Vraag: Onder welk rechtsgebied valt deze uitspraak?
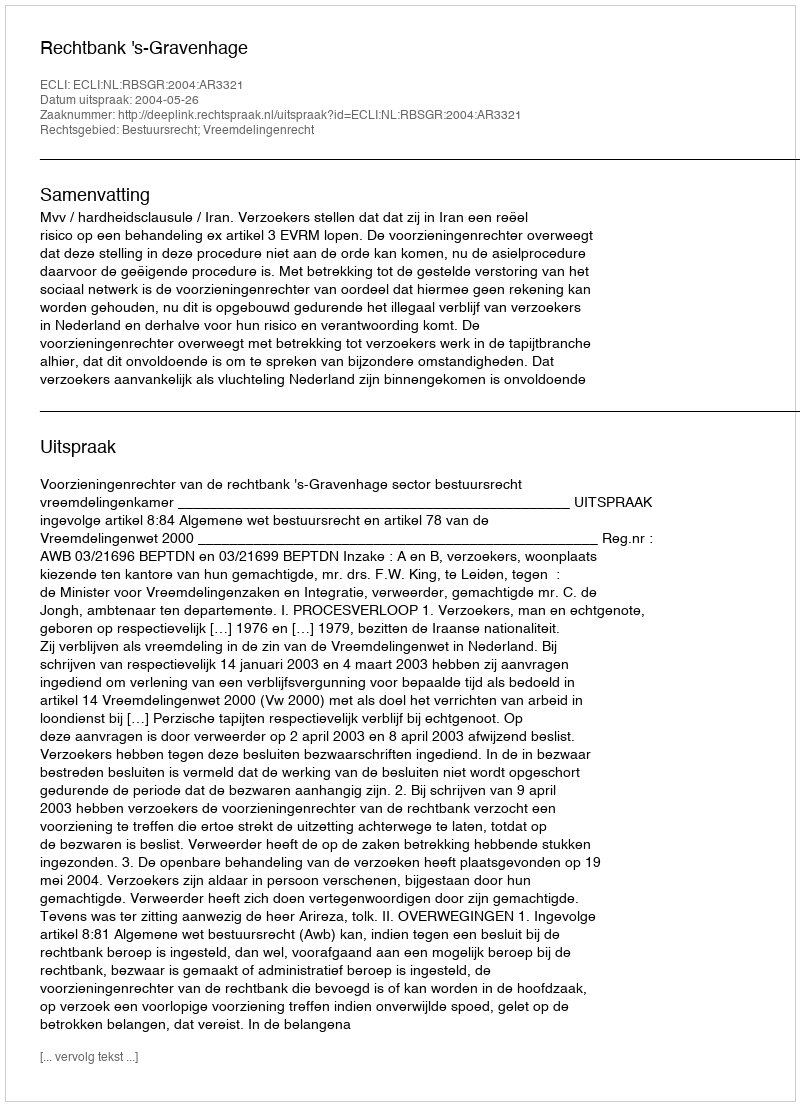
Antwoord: Bestuursrecht; Vreemdelingenrecht